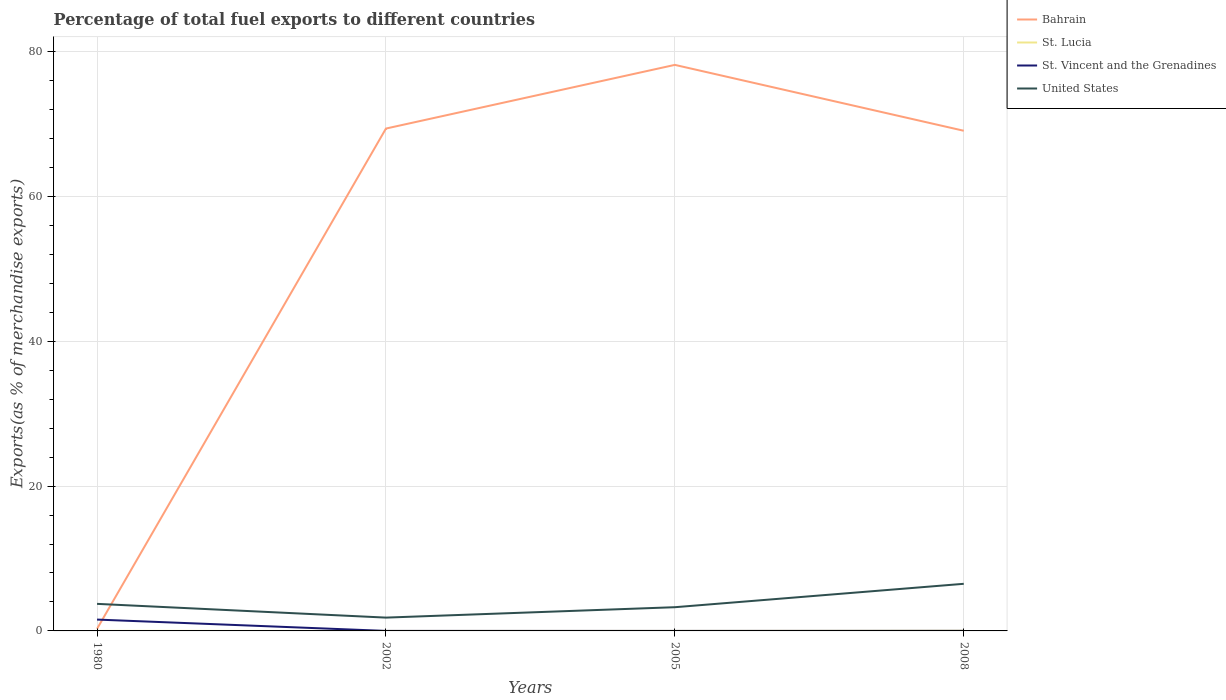
| Years | Bahrain | St. Lucia | St. Vincent and the Grenadines | United States |
 | --- | --- | --- | --- | --- |
 | 1980 | 0.291 | 0.00532 | 1.57 | 3.74 |
 | 2002 | 69.4 | 4.66e-06 | 0.00179 | 1.84 |
 | 2005 | 78.2 | 0.00101 | 0.00033 | 3.27 |
 | 2008 | 69.1 | 0.0245 | 0.00922 | 6.51 |